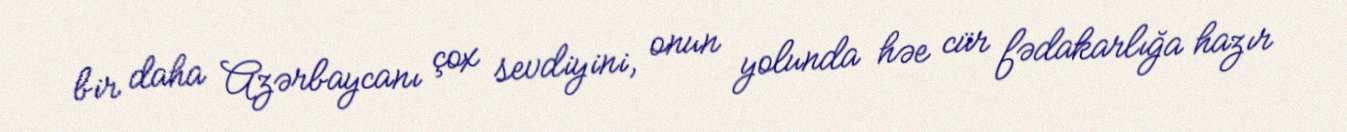
bir daha Azərbaycanı çox sevdiyini, onun yolunda həe cür fədakarlığa hazır